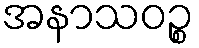
အနာသဝဉ္စ